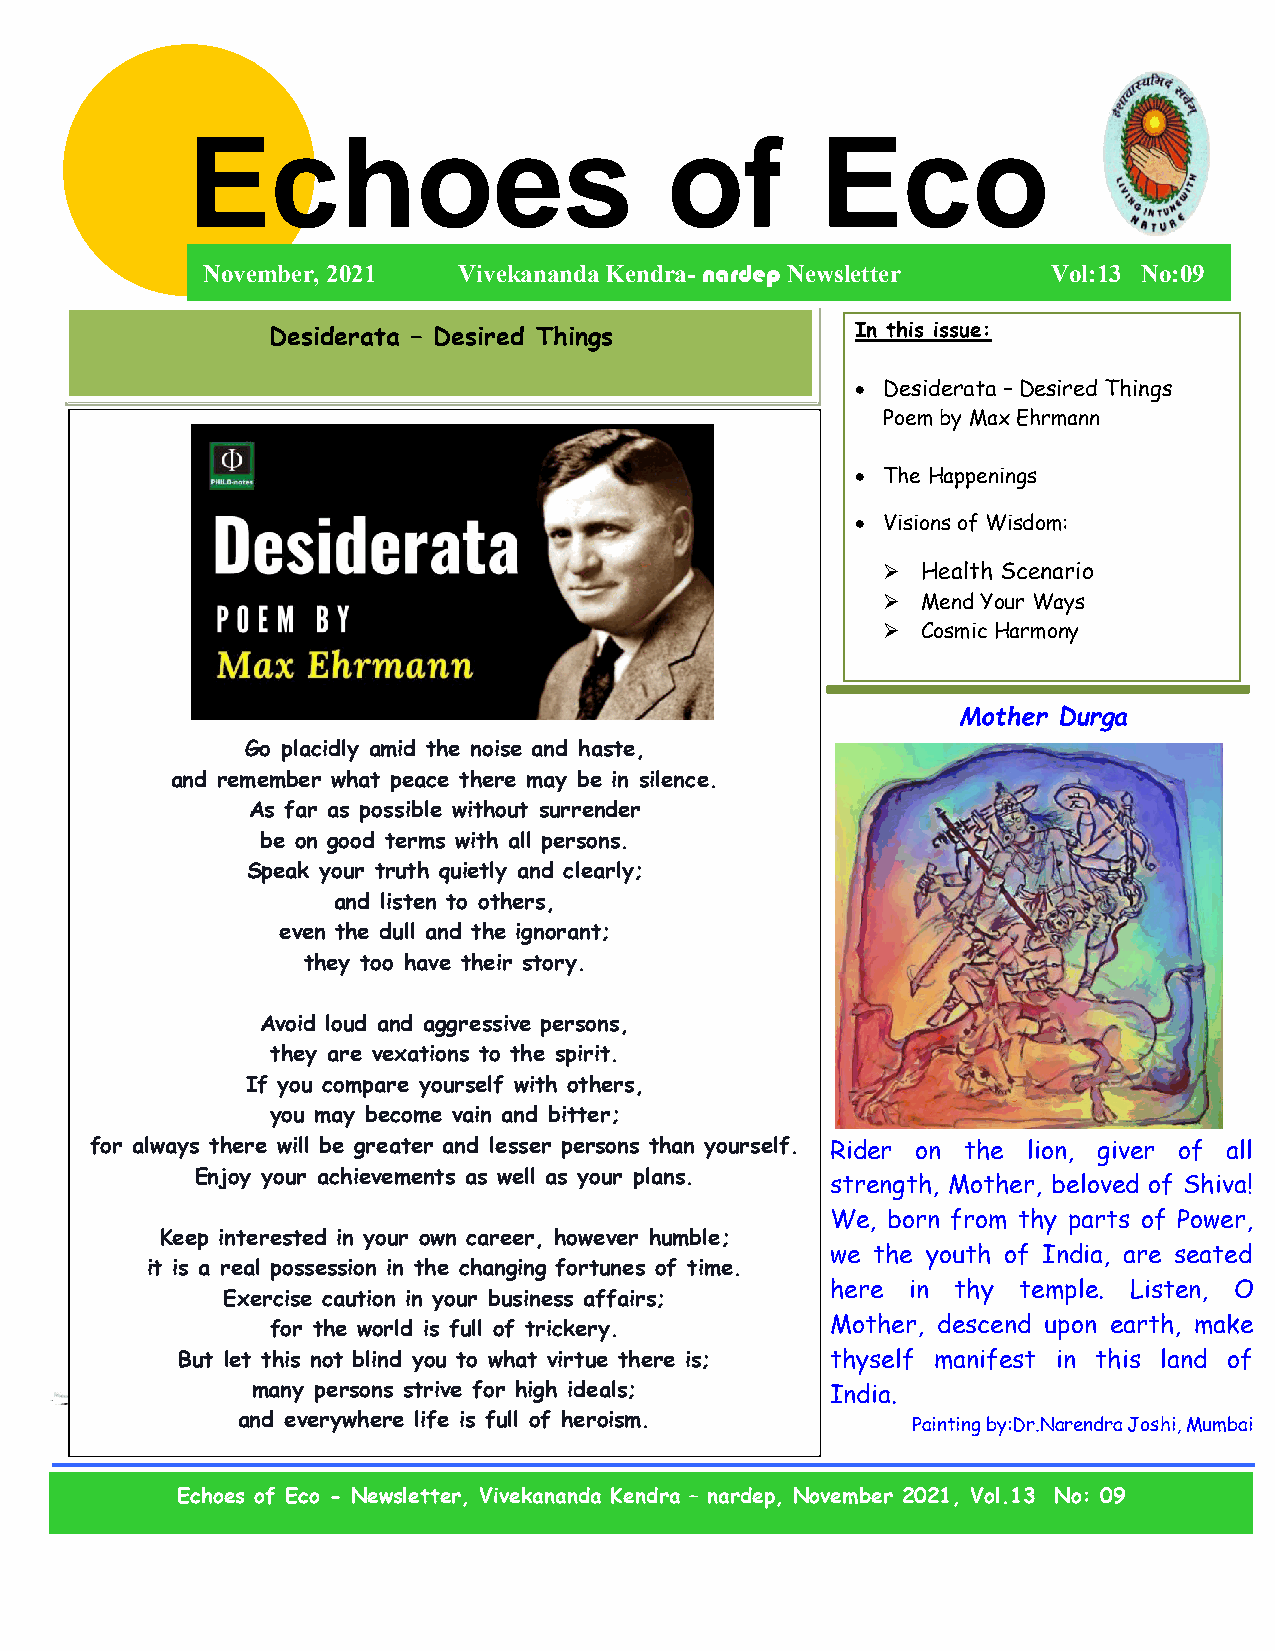
Echoes                          of        Eco
 November, 2021   Vivekananda Kendra- nardep Newsletter   Vol:13 No:09
 Desiderata – Desired Things            In this issue:
  Desiderata – Desired Things
 Poem by Max Ehrmann
  The Happenings
  Visions of Wisdom:
   Health Scenario
   Mend Your Ways
   Cosmic Harmony
 Mother Durga
 Go placidly amid the noise and haste,
 and remember what peace there may be in silence.
 As far as possible without surrender
 be on good terms with all persons.
 Speak your truth quietly and clearly;
 and listen to others,
 even the dull and the ignorant;
 they too have their story.
 Avoid loud and aggressive persons,
 they are vexations to the spirit.
 If you compare yourself with others,
 you may become vain and bitter;
 for always there will be greater and lesser persons than yourself. Rider on the lio n, giver of all
 Enjoy your achievements as well as your plans.
 strength, Mother, beloved of Shiva!
 We, born from th y parts of Power,
 Keep interested in your own career, however humble;
 we the youth of India, are seated
 it is a real possession in the changing fortunes of time.
 here in thy temple. Listen, O
 Exercise caution in your business affairs;
 for the world is full of trickery.   Mother, descend upon earth, make
 But let this not blind you to what virtue there is; thyself manifest in this land of
 many persons strive for high ideals;  India.
 and everywhere life is full of heroism.     Painting by:Dr.Narendra Joshi, Mumbai
 Echoes of Eco - Newsletter, Vivekananda Kendra – nardep, November 2021, Vol.13 No: 09